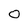
Character: 0